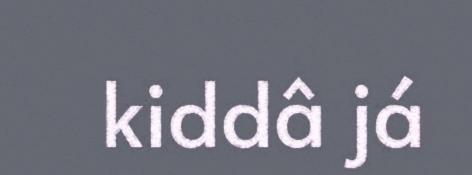
kiddâ já